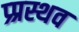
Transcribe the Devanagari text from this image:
प्र्प्रस्थव